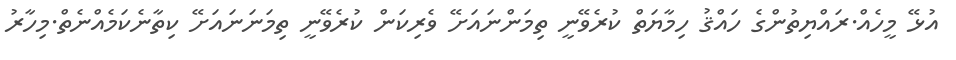
އުޅޭ މީހެއް.ރައްޔިތުންގެ ހައްޤު ހިމާޔަތް ކުރެވޭނީ ތިމަންނައަށޭ ވެރިކަން ކުރެވޭނީ ތިމަނަނައަށޭ ކިތާނެކަމެއްނެތް.މިހާރު